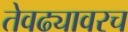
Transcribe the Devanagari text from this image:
तेवढ्यावरच